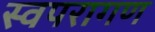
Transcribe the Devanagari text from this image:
स्वपरागण